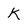
Character: k